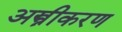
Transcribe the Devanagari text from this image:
अस्त्रीकरण